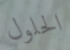
الحلول